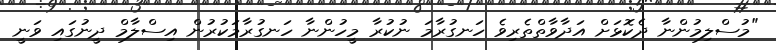
"މުސްލިމުންނާ ދެކޮޅަށް އަދާވާތްތެރިވެ ހަނގުރާމަ ނުކުރާ މީހުންނާ ހަނގުރާމަކުރުން އިސްލާމް ދީނުގައި ވަނީ